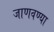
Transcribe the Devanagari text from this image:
जाणवण्या